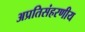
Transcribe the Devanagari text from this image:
अप्रतिसंहरणीय